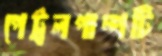
পেট্রলপাম্পটি